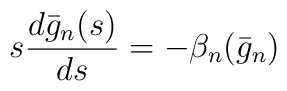
s\frac{d\bar{g}_n(s)}{ds}=-\beta_n(\bar{g}_n)